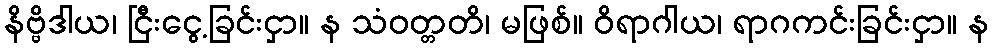
နိဗ္ဗိဒါယ၊ ငြီးငွေ့ခြင်းငှာ။ န သံဝတ္တတိ၊ မဖြစ်။ ဝိရာဂါယ၊ ရာဂကင်းခြင်းငှာ။ န